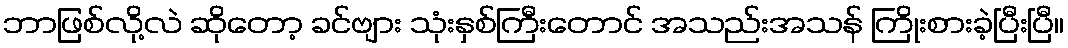
ဘာဖြစ်လို့လဲ ဆိုတော့ ခင်ဗျား သုံးနှစ်ကြီးတောင် အသည်းအသန် ကြိုးစားခဲ့ပြီးပြီ။